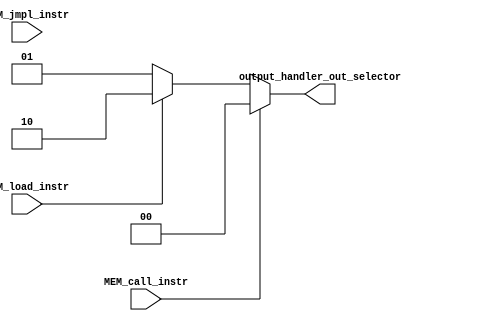
module output_handler(
  input MEM_jmpl_instr,
  input MEM_call_instr,
  input MEM_load_instr,
  output reg [1:0] output_handler_out_selector
);

  always @(*) begin
    if (MEM_call_instr)    output_handler_out_selector <= 2'b00;      // Call instruction, use PC
    else if (MEM_load_instr)    output_handler_out_selector <= 2'b10; // Load instruction, use data memory output
    else                        output_handler_out_selector <= 2'b01; // Default to ALU Output
  end
endmodule